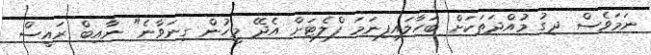
ނަމަވެސް ދިގު މުއްދަތަކަށް ބަހާލައިފިނަމަ ފްލެޓަށް އެދޭ މީހުން ގިނަވާނެ" ނާއިބް ރައީސް